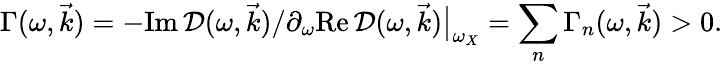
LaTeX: \Gamma(\omega,\vec{k})=-\mathrm{Im}\, \mathcal{D}(\omega,{\vec{k}})/\partial_{\omega}\mathrm{Re}\, \mathcal{D}(\omega,\vec{k})\big|_{\omega_{X}}=\sum_{n}\Gamma_{n}(\omega,\vec{k})>0.